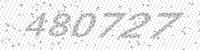
Solution: 480727